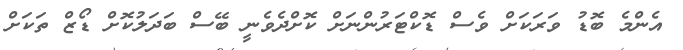
އެންމެ ބޮޑު ވަރަކަށް ވެސް ޑޮކްޓަރުންނަށް ކޮށްދެވެނީ ބޭސް ބަދަލުކޮށް ޑޯޒް ތަކަށް